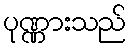
ပုဏ္ဏားသည်